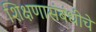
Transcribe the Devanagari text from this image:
शिक्षणासंबंधीचे